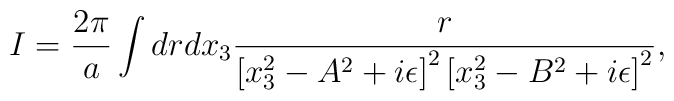
I = {2\pi \over a}\int{drdx_3{r \over \left[ x_3^2 - A^2 +i\epsilon \right]^2 \left[x_3^2 - B^2 + i\epsilon\right]^2}},